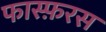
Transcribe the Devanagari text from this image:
फास्फ़रस